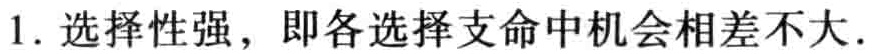
1. 选择性强，即各选择支命中机会相差不大.